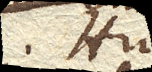
Hujus